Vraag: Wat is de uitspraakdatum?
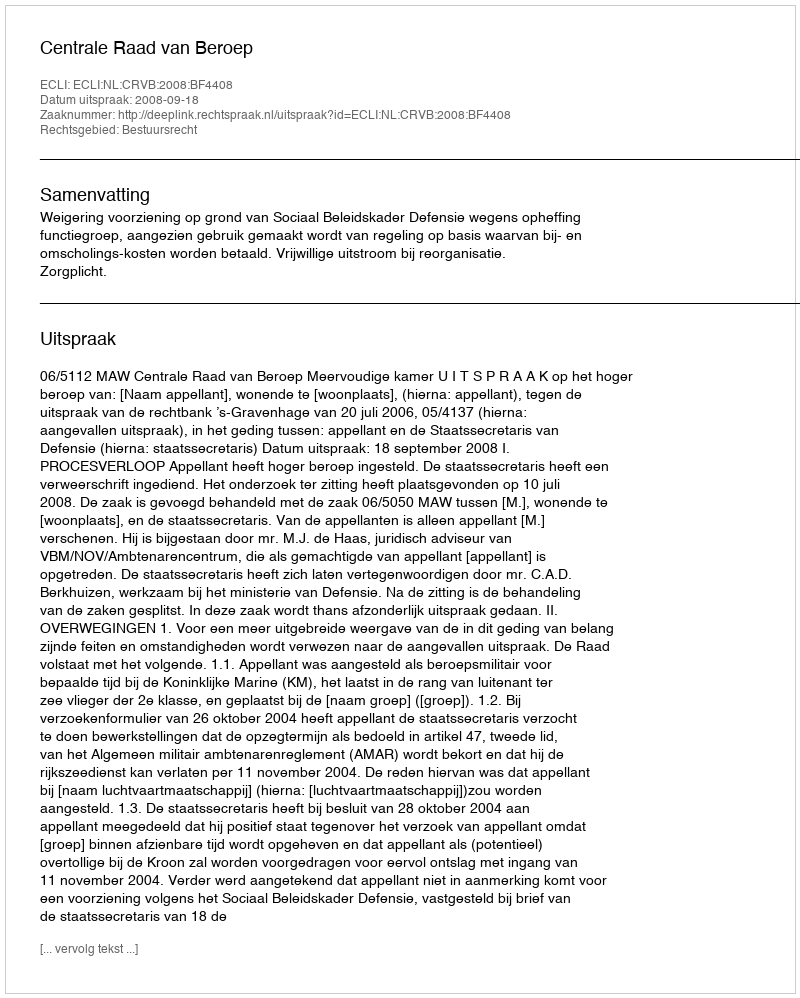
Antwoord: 2008-09-18